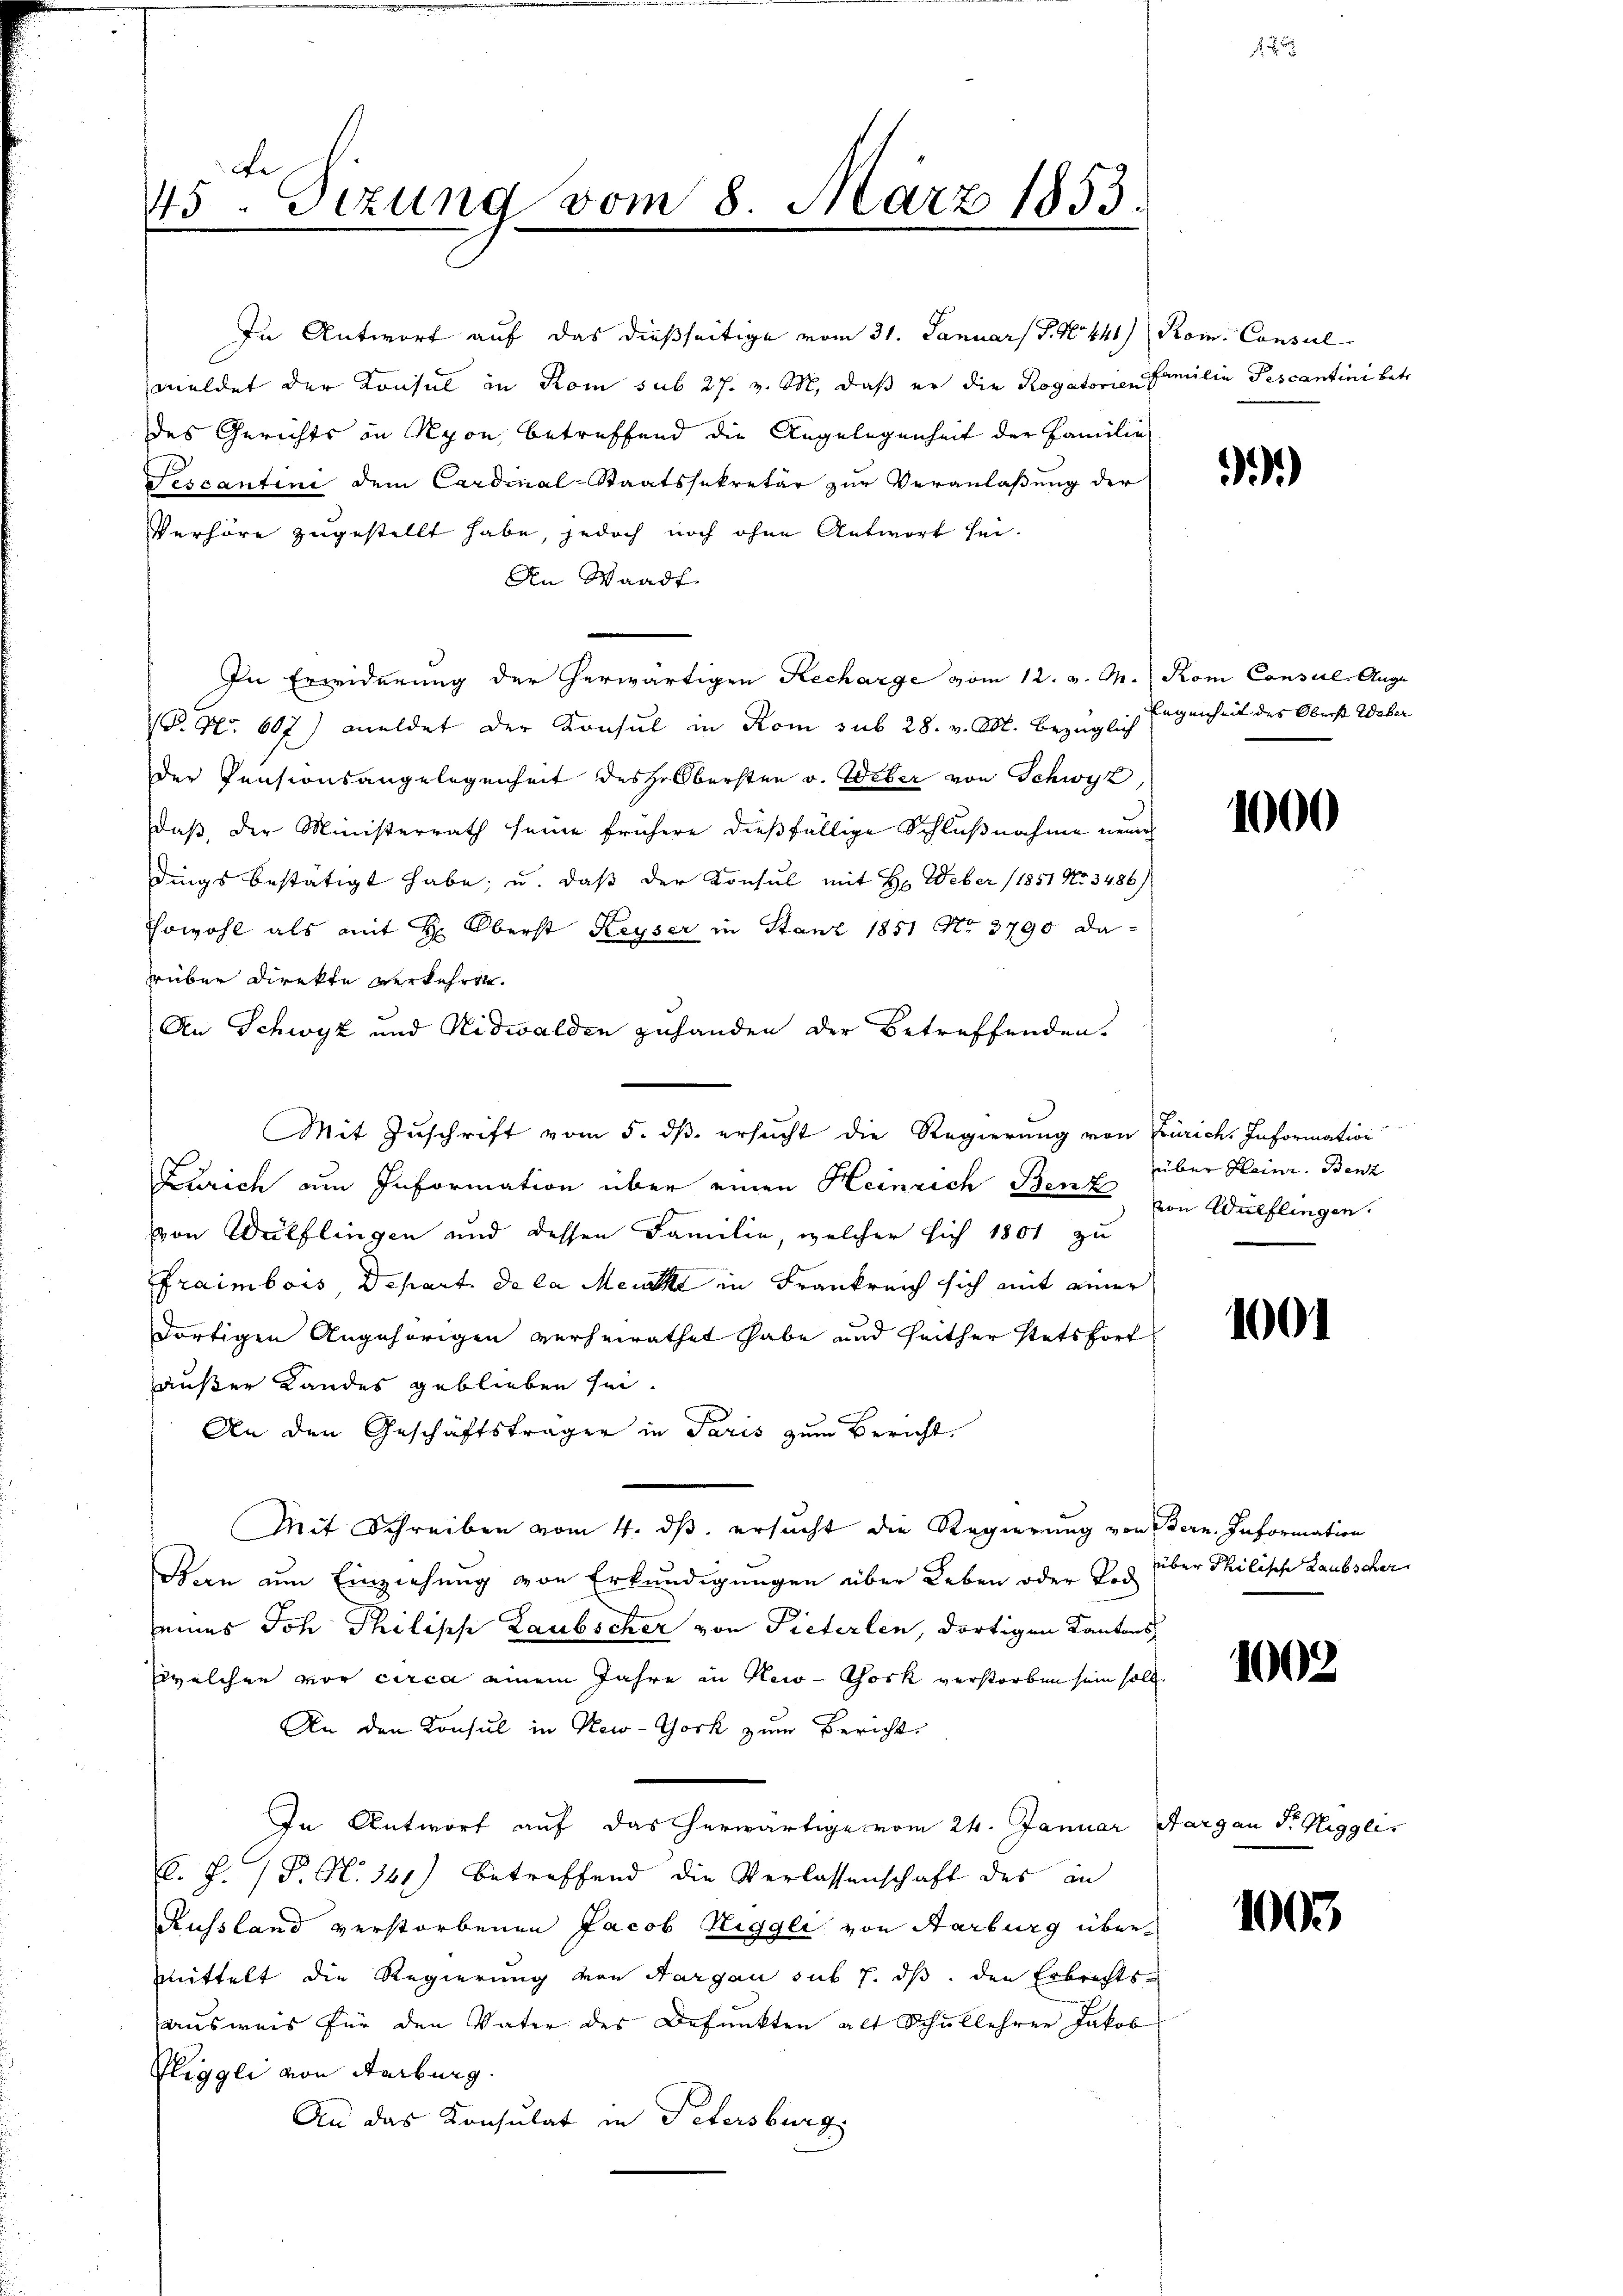
In Antwort auf das dießseitige vom 31. Januars S. 90. 448)
meldet der Konsul in Rom sub 27. v. M. daß er die Rogatorien
des Gerichts an Nyon, betreffend die Angelegenheit der Familie
Fescantini dem Cardinal-Staatssekretär zur Veranlaßung der
Verhöre zugestellt habe, jedoch noch ohne Antwort sei.
An Waadt.
In Erwiderung der herwärtigen Recharge vom 12. v. M. Rom Consil. Augu
P. Nr. 607) meldet der Konsul in Rom sub 28. v. M. bezüglich
der Pensionsangelegenheit desse Obersten v. Weber von Schwyz
daß, der Ministerrath seine frühere dießfällige Schlußnahme neue
dings bestätigt habe, u. daß der Konsul mit Hr. Weber (1851 No 3486)
Sowohl als mit H: Oberst Keyser in Stanz 1851 No 3790 darüber Direkte verkehren.
An Schwyz und Nidwalden zuhanden der betreffenden.
Mit Zuschrift vom 5. dß ersucht die Regierung von Zürich. Information
Zürich um Information über einen Heinrich Benz
von Wülflingen und dessen Familie, welcher sich 1801 zu
raimbois, Depart. de la Mencke in Frankreich sich mit einer
dortigen Angehörigen verheirathet habe und seither stetsfort
außer Landes geblieben sei.
An den Geschäftsträger in Paris zum Bericht.
Mit Schreiben vom 4. ds. ersucht die Regierung von Bern. Information
Ban um Einziehung von Erkundigungen über Leben oder Tod
eines Joh Philisch Laubscher von Pieterlen, dortigen Kantons
welchen vor circa einem Jahre in New-York verstorben sein soll.
An den Konsul in New-York zum Bericht
In Antwort auf das herwärtige vom 24. Januar
C. J. P. N. 141) betreffend die Verlassenschaft des an
Russland verstorbenen Jacob Niggli von Aarburg übermittelt die Regierung von Aargau sub 7. ds. den Erbrechtsausweis für den Vater des Befunkten alt Schullehren Jakob
Pliggli von Aarburg.
An das Konsulat in Petersburg

Be
45. Sizung vom 8. März 1853.

Rom. Consul
Familie Pescantini betr.

)

Eigenheit des Oberst Weber

1000

über Klein. Benz
von Wülflingen.

1001

über Philische Laubscher

1002

Aargau Fr. Hegglis

1005.